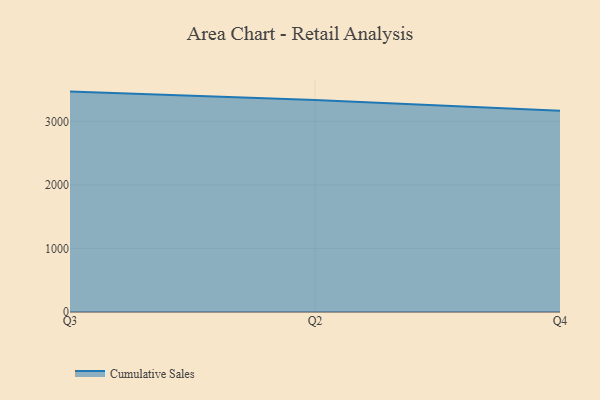
{"axis": {"x": "Quarter", "y": "Net Income (USD K)"}, "legend": ["Cumulative Sales"], "data": [{"x": "Q3", "y": 3467.2, "type": "Cumulative Sales"}, {"x": "Q2", "y": 3333.9, "type": "Cumulative Sales"}, {"x": "Q4", "y": 3167.6, "type": "Cumulative Sales"}]}